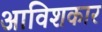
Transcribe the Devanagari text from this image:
अाविशकार